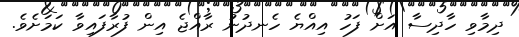
ދިމާވި ހާދިސާ އަށް ފަހު އިއްޔެ ހެނދުނު ރާއްޖެ އިން ފުރާފައިވާ ކަމަށެވެ.